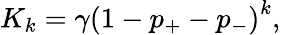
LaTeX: K_{k}=\gamma\left(1-p_{+}-p_{-}\right)^{k},